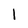
Character: 1